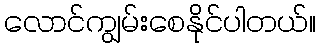
လောင်ကျွမ်းစေနိုင်ပါတယ်။